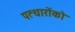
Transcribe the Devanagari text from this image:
पत्थारोंको